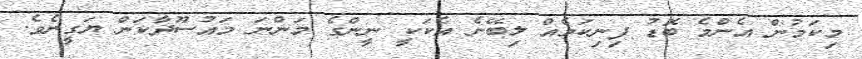
މިކަމުން އެންމެ ބޮޑު ފިނިކަމެއް ލިބޭނެ އެކަކީ ނީންގެ މަންނަ މައުސޫދާކަން ޔަގީނެވެ.